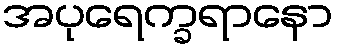
အပုရေက္ခရာနော